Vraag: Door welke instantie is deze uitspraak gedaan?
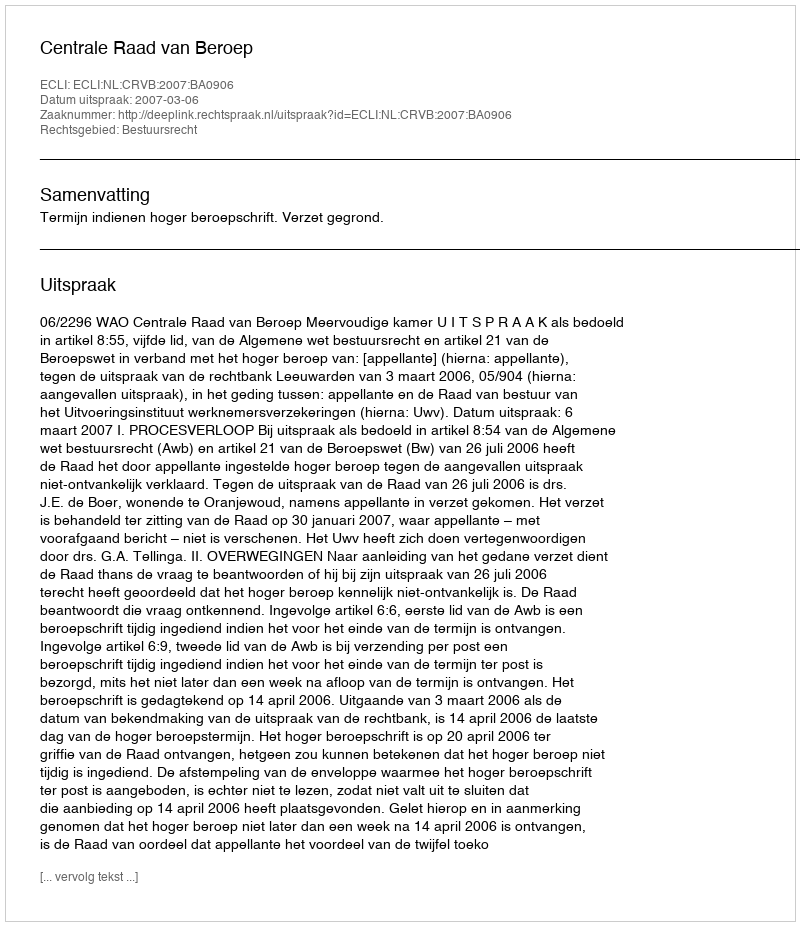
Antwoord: Centrale Raad van Beroep